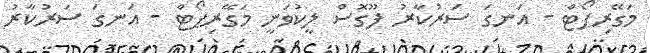
މަގޭރިޕޯޓް - އަނގަ ސަރުކާރު ފޫގޮސް ލީކުވަނީ މަގޭރިޕޯޓް - އަނގަ ސަރުކާރު